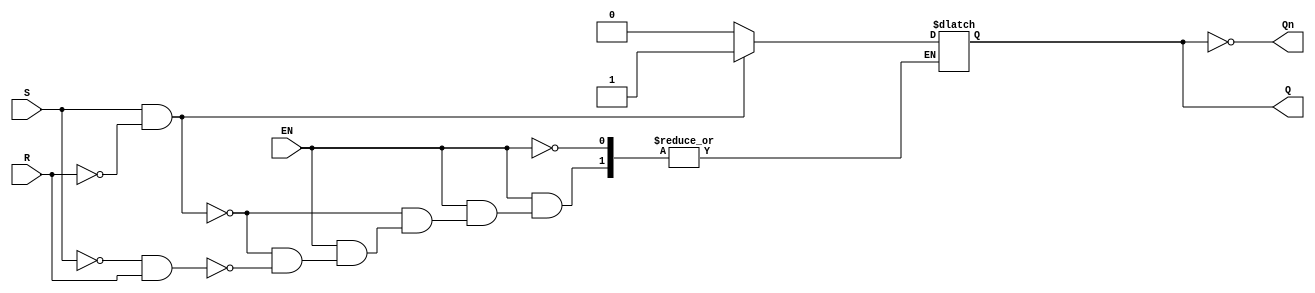
module GatedSRLatch (
    input wire S,      // Set input
    input wire R,      // Reset input
    input wire EN,     // Enable input
    output reg Q,      // Primary output
    output wire Qn     // Complementary output (Not Q)
);

    // Complementary output
    assign Qn = ~Q;

    always @(*) begin
        if (EN) begin
            if (S && ~R) begin
                Q = 1'b1;  // Set condition
            end else if (~S && R) begin
                Q = 1'b0;  // Reset condition
            end
            // If both S and R are high, the state is considered invalid.
            // This case can be handled according to specific design needs.
            // Here we will do nothing, maintain the previous state in this implementation.
        end
        // If EN is low, keep the previous state of Q
    end

endmodule